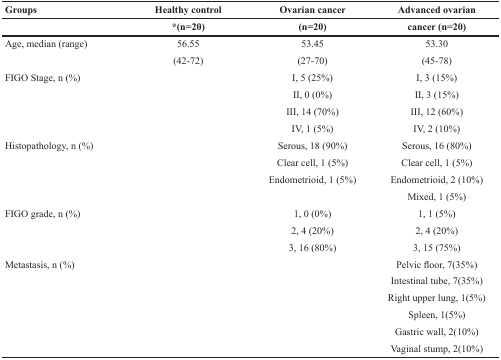
<table><thead><tr><td><b>Groups</b></td><td><b>Healthy control</b></td><td><b>Ovarian cancer</b></td><td><b>Advanced ovarian</b></td></tr><tr><td></td><td><b>*(n=20)</b></td><td><b>(n=20)</b></td><td><b>cancer (n=20)</b></td></tr></thead><tbody><tr><td>Age, median (range)</td><td>56.55</td><td>53.45</td><td>53.30</td></tr><tr><td></td><td>(42-72)</td><td>(27-70)</td><td>(45-78)</td></tr><tr><td>FIGO Stage, n (%)</td><td></td><td>I, 5 (25%)</td><td>I, 3 (15%)</td></tr><tr><td></td><td></td><td>II, 0 (0%)</td><td>II, 3 (15%)</td></tr><tr><td></td><td></td><td>III, 14 (70%)</td><td>III, 12 (60%)</td></tr><tr><td></td><td></td><td>IV, 1 (5%)</td><td>IV, 2 (10%)</td></tr><tr><td>Histopathology, n (%)</td><td></td><td>Serous, 18 (90%)</td><td>Serous, 16 (80%)</td></tr><tr><td></td><td></td><td>Clear cell, 1 (5%)</td><td>Clear cell, 1 (5%)</td></tr><tr><td></td><td></td><td>Endometrioid, 1 (5%)</td><td>Endometrioid, 2 (10%)</td></tr><tr><td></td><td></td><td></td><td>Mixed, 1 (5%)</td></tr><tr><td>FIGO grade, n (%)</td><td></td><td>1, 0 (0%)</td><td>1, 1 (5%)</td></tr><tr><td></td><td></td><td>2, 4 (20%)</td><td>2, 4 (20%)</td></tr><tr><td></td><td></td><td>3, 16 (80%)</td><td>3, 15 (75%)</td></tr><tr><td>Metastasis, n (%)</td><td></td><td></td><td>Pelvic floor, 7(35%)</td></tr><tr><td></td><td></td><td></td><td>Intestinal tube, 7(35%)</td></tr><tr><td></td><td></td><td></td><td>Right upper lung, 1(5%)</td></tr><tr><td></td><td></td><td></td><td>Spleen, 1(5%)</td></tr><tr><td></td><td></td><td></td><td>Gastric wall, 2(10%)</td></tr><tr><td></td><td></td><td></td><td>Vaginal stump, 2(10%)</td></tr></tbody></table>